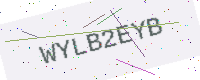
Text: WYLB2EYB